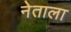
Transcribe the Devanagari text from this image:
नेताला